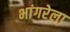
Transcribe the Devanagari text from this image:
भांगरेला